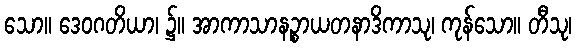
သော။ ဒေဝဂတိယာ၊ ၌။ အာကာသာနဉ္စာယတနာဒိကာသု၊ ကုန်သော။ တီသု၊